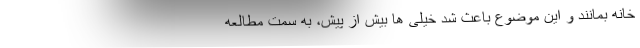
خانه بمانند و این موضوع باعث شد خیلی ها بیش از پیش، به سمت مطالعه